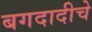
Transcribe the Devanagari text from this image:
बगदादीचे